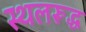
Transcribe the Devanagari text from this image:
स्थलरूद्ध